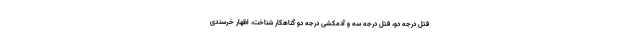
قتل درجه دو، قتل درجه سه و آدمکشی درجه دو گناهکار شناخت، اظهار خرسندی